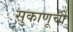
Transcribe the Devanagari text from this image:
सुकाणूची